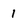
Character: 1